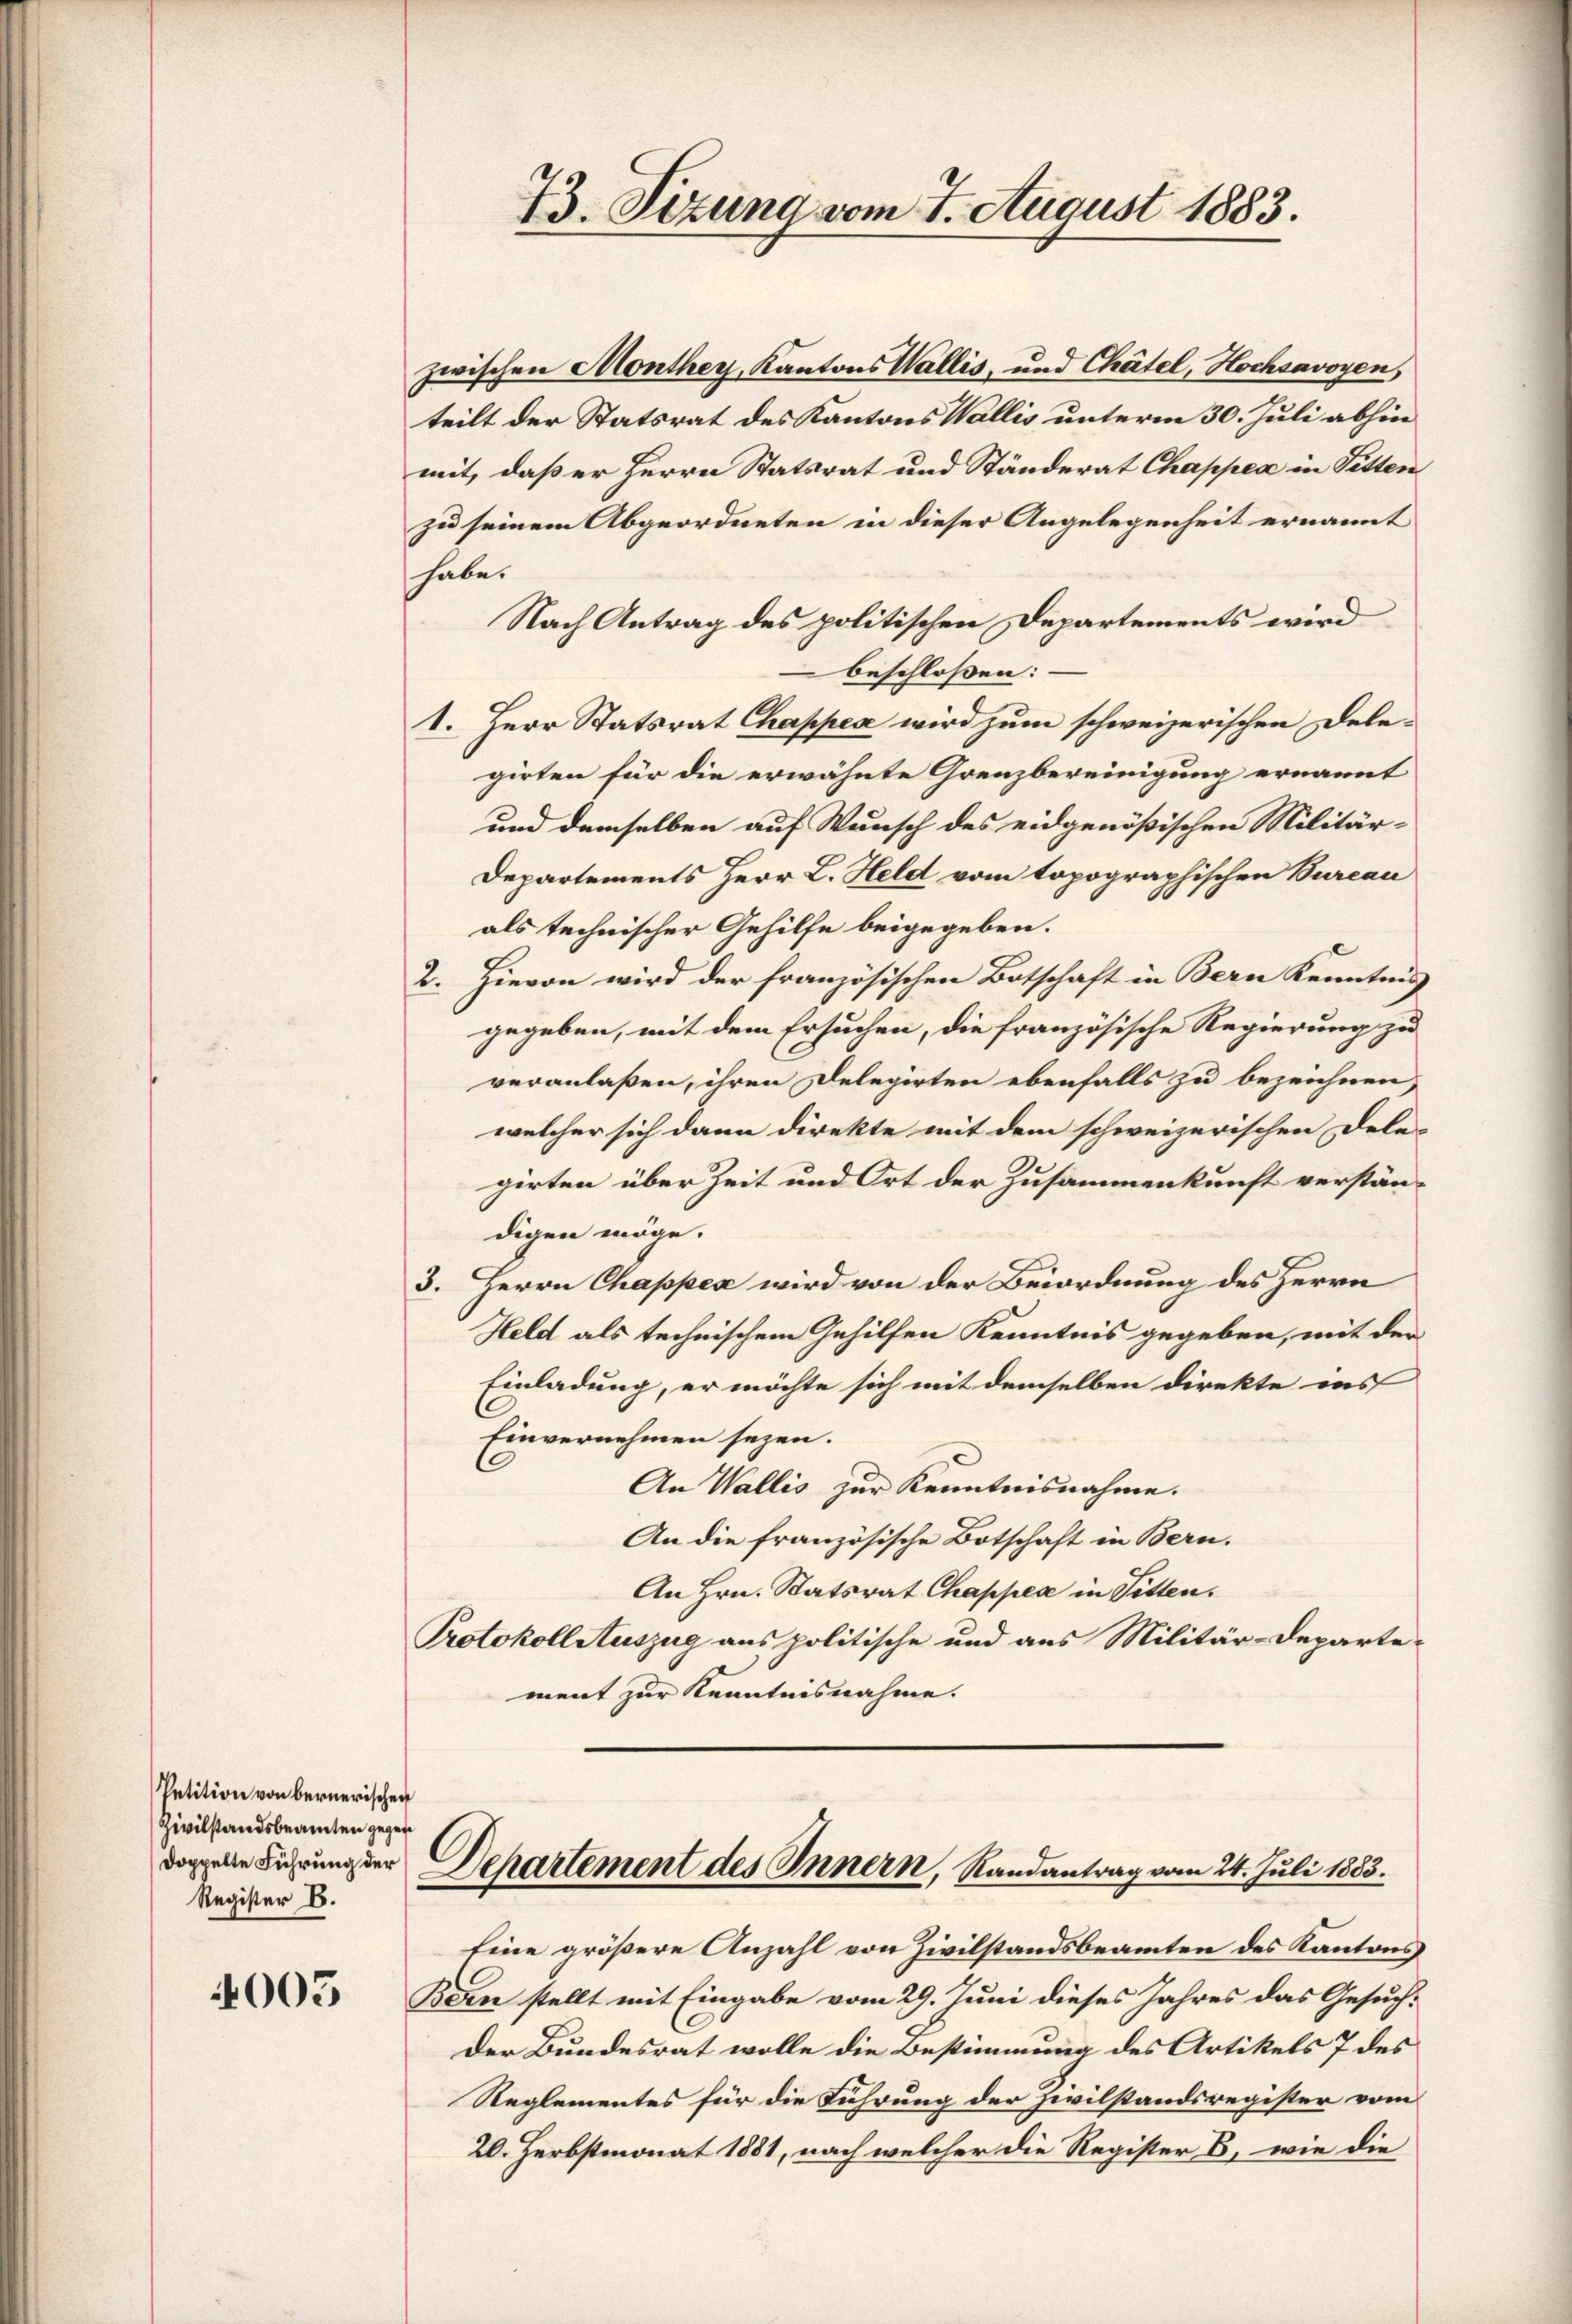
Petition von bernerischen
Zivilstandsbeamten gegen
Register E.

4005

73. Sizung vom 7. August 1883.

zwischen Monthey, Kantons Wallis, und Chätel, Hochsavoyen,
teilt der Statsrat des Kantons Wallis unterm 30. Juli abhin
mit, daß er Herrn Statsrat und Ständerat Chappea in Fitten
zu seinem Abgeordneten in dieser Angelegenheit ernannt
habe.
Nach Antrag des politischen Departements wird
beschloßen:
1. Herr Statsrat Chappen wird zum schweizerischen Dele-
girten für die erwähnte Grenzbereinigung ernannt
und demselben auf Wunsch des eidgenößischen Militär-
Departements Herr L. Held vom topographischen Bureau
als technischer Gehilfe beigegeben.
2. Hievon wird der französischen Botschaft in Bern Kenntnis
gegeben, mit dem Ersuchen, die französische Regierung zu
veranlaßen, ihren Delegirten ebenfalls zu bezeichnen,
welcher sich dann direkte mit dem schweizerischen Dele-
girten über Zeit und Ort der Zusammenkunft verständigen möge.
3. Herrn Chappen wird von der Beiordnung des Herrn
Held als technischem Gehilfen Kenntnis gegeben, mit der
Einladung, er möchte sich mit demselben direkte ins
Einvernehmen seyen.
An Wallis zur Kenntnisnahme.
An die französische Botschaft in Bern.
An Hrn. Statsrat Chappen in Sitten.
Protokollstuszug aus politische und aus Militär-Departe-
ment zur Kenntnisnahme.

C
dorgelte Führung der Separtement des Innern, Randantrag vom 24. Juli 1883.

Eine größere Anzahl von Zivilstandsbeamten des Kantons
Bern stellt mit Eingabe vom 29. Juni dieses Jahres das Gesuch:
Der Bundesrat wolle die Bestimmung des Artikels 7 des
Reglementes für die Führung der Zivilstandsregister vom
20. Herbstmonat 1881, nach welcher die Register B, wie die